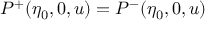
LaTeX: P ^ { + } ( \eta _ { 0 } , 0 , u ) = P ^ { - } ( \eta _ { 0 } , 0 , u )